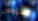
مسؤولون